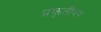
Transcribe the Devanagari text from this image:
प्रकृतीवर